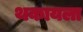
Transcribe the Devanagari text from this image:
थकायला